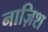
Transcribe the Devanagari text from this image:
नाज़िश